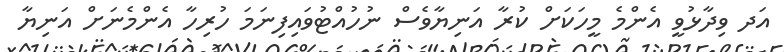
އަދ ވިދާޅުވީ އެންމެ މީހަކަށް ކުރާ އަނިޔާވެސް ނުހުއްޓުވައިފިނަމަ ހުރިހާ އެންމެނަށް އަނިޔާ